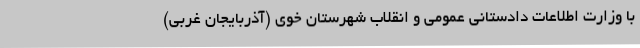
با وزارت اطلاعات دادستانی عمومی و انقلاب شهرستان خوی (آذربایجان غربی)